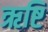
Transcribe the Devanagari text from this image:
ऋष्टि